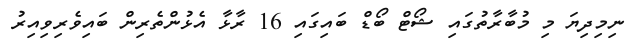
ނިމިދިޔަ މި މުބާރާތުގައި ޝޯޓް ބޯޑް ބައިގައި 16 ރާޅާ އެޅުންތެރިން ބައިވެރިވިއިރު